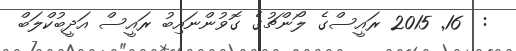
:  16